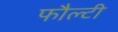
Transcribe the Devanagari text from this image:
फौल्टी